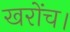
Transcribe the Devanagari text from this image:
खरोंच।